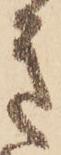
き